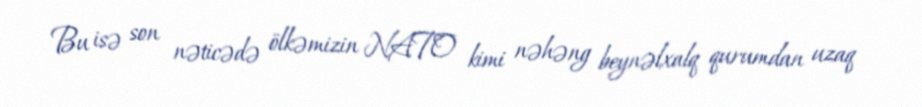
Bu isə son nəticədə ölkəmizin NATO kimi nəhəng beynəlxalq qurumdan uzaq